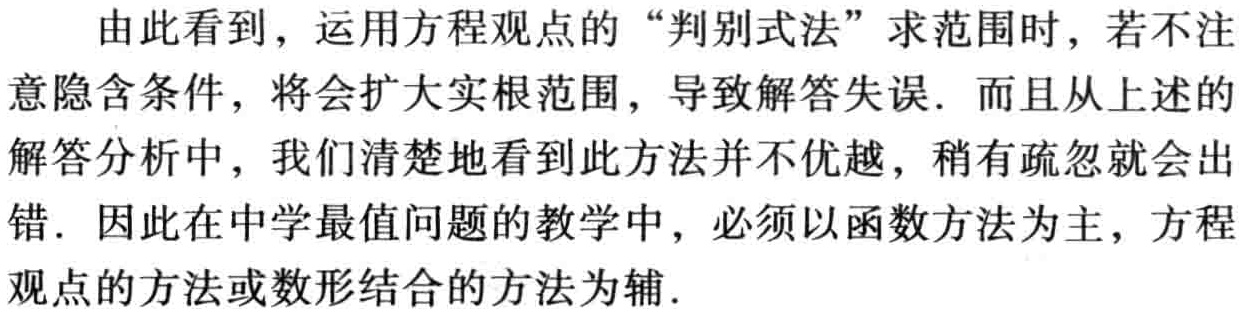
由此看到，运用方程观点的“判别式法”求范围时，若不注意隐含条件，将会扩大实根范围，导致解答失误. 而且从上述的解答分析中，我们清楚地看到此方法并不优越，稍有疏忽就会出错. 因此在中学最值问题的教学中，必须以函数方法为主，方程观点的方法或数形结合的方法为辅.